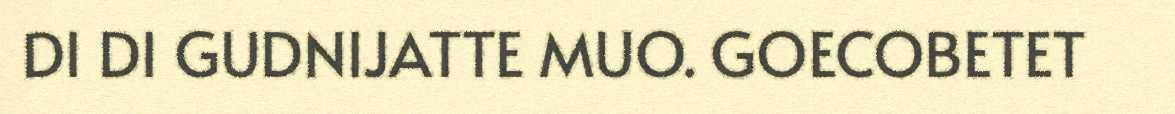
DI DI GUDNIJATTE MUO. GOECOBETET